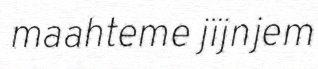
maahteme jïjnjem